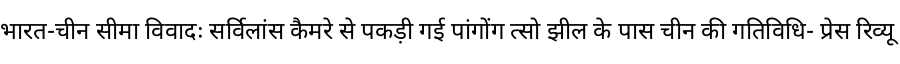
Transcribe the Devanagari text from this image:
भारत-चीन सीमा विवादः सर्विलांस कैमरे से पकड़ी गई पांगोंग त्सो झील के पास चीन की गतिविधि- प्रेस रिव्यू